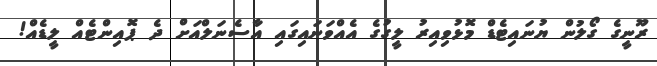
ރޫނީގެ ގޯލުން ޔުނައިޓެޑް މޮޅުވިއިރު ލީގުގެ އެއްވަނައިގައި އާސެނަލްއަށް ދެ ޕޮއިންޓެއް ލީޑެއް!